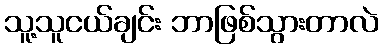
သူ့သူငယ်ချင်း ဘာဖြစ်သွားတာလဲ